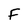
Character: F